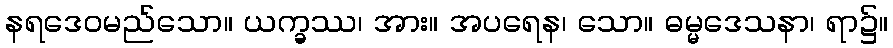
နရဒေဝမည်သော။ ယက္ခဿ၊ အား။ အပရေန၊ သော။ ဓမ္မဒေသနာ၊ ရာ၌။